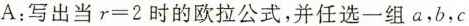
A：写出当$$r = 2$$时的欧拉公式，并任选一组α，b，c